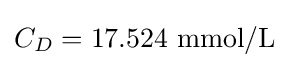
C_{D}=17.524{\mbox{ mmol/L}}